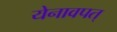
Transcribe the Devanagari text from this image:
येनावपत्